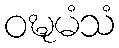
ဝဍ္ဎမံသံ